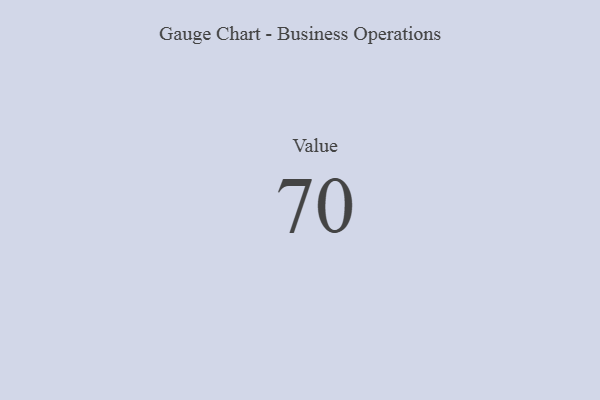
{"axis": {"x": "Metric", "y": "Value"}, "legend": [""], "data": [{"x": "Value", "y": 70, "type": ""}]}